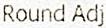
ROUND ADJ